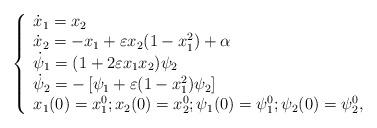
LaTeX: \begin{align*}\left\{\begin{array}{l} \dot{x}_1 = x_2 \\ \dot{x}_2 = - x_1 + \varepsilon x_2 (1 - x_1^2) + \alpha \\ \dot{\psi}_1 = (1 + 2 \varepsilon x_1 x_2) \psi_2 \\ \dot{\psi}_2 = - \left[\psi_1 + \varepsilon (1 - x_1^2) \psi_2\right] \\ x_1(0) = x_1^0 ; x_2(0) = x_2^0 ; \psi_1(0) = \psi_1^0 ; \psi_2(0) = \psi_2^0,\end{array}\right.\end{align*}